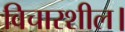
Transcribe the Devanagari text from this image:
विचारशील।